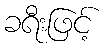
ခရီးဖြင့်